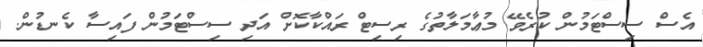
އެސް ސިސްޓަމުން ކުރެވޭ މުޢާމަލާތުުގެ ރިސިޓް ރައްކާކޮށް އަދި ސިސްޓަމުން ފައިސާ ކެނޑުން.